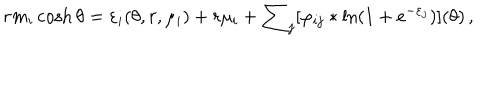
LaTeX: r m _ { i } \cosh \theta = \varepsilon _ { i } ( \theta , r , \mu _ { i } ) + r \mu _ { i } + \sum _ { j } [ \varphi _ { i j } \ast \ln ( 1 + e ^ { - \varepsilon _ { j } } ) ] ( \theta ) \, ,